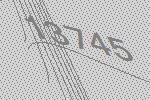
13745